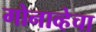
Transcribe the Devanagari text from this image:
गोनाव्हेचा